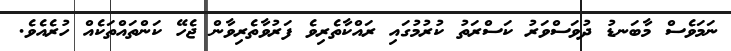
ނަމަވެސް މާބަނޑު ދުވަސްވަރު ކަސްރަތު ކުރުމުގައި ރައްކާތެރިވެ ފަރުވާތެރިވާން ޖެހޭ ކަންތައްތަކެއް ހުރެއެވެ.